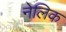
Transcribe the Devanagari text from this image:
नेलिक